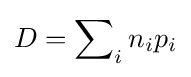
D=\sum \nolimits _{i}n_{i}p_{i}